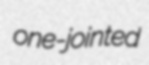
one-jointed